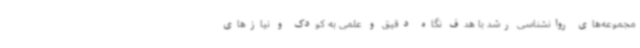
مجموعه‌های روانشناسی رشد با هدف نگاه دقیق و علمی به کودک و نیازهای